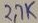
Text: 2.7K